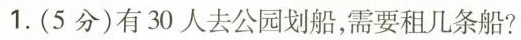
1.(5分)有30人去公园划船，需要租几条船?